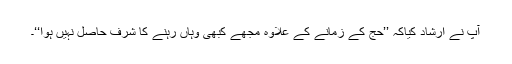
آپ نے ارشاد کیاکہ ’’حج کے زمانے کے علاوہ مجھے کبھی وہاں رہنے کا شرف حاصل نہیں ہُوا‘‘۔